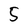
Character: 5